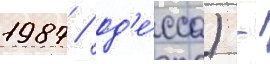
1987 / од'е́сса) -